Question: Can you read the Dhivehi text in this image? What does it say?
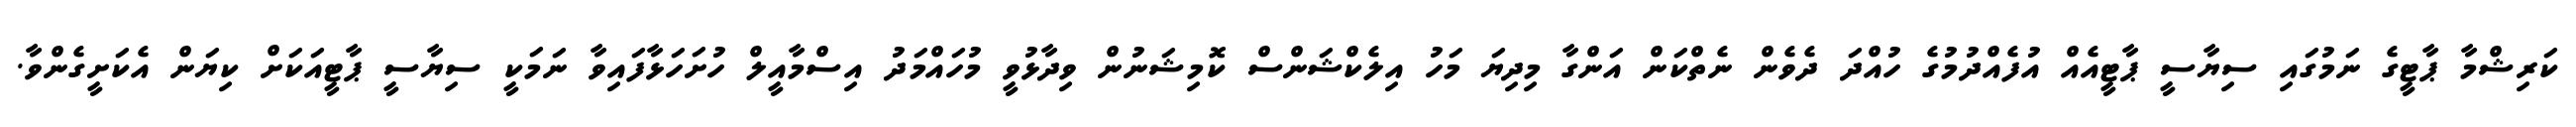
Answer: ކަރިޝްމާ ޕާޓީގެ ނަމުގައި ސިޔާސީ ޕާޓީއެއް އުފެއްދުމުގެ ހުއްދަ ދެވެން ނެތްކަން އަންގާ މިދިޔަ މަހު އިލެކްޝަންސް ކޮމިޝަނުން ވިދާޅުވީ މުހައްމަދު އިސްމާއީލް ހުށަހަޅާފައިވާ ނަމަކީ ސިޔާސީ ޕާޓީއަކަށް ކިޔަން އެކަށީގެންވާ.